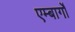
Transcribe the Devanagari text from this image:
एम्बार्गो